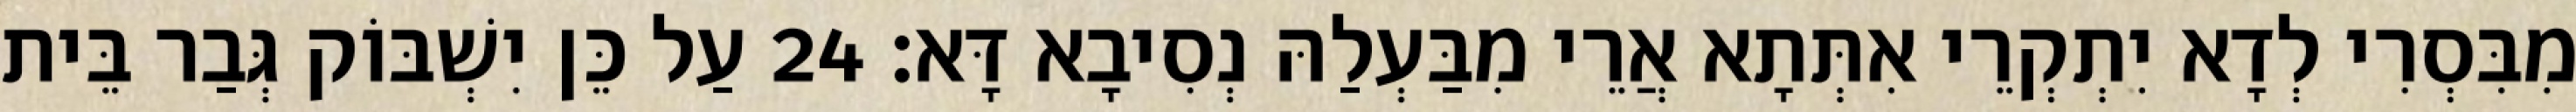
מִבִּסְרִי לְדָא יִתְקְרֵי אִתְּתָא אֲרֵי מִבַּעְלַהּ נְסִיבָא דָּא׃ 24 עַל כֵּן יִשְׁבּוֹק גְּבַר בֵּית